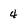
Character: 4